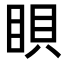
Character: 𥆘